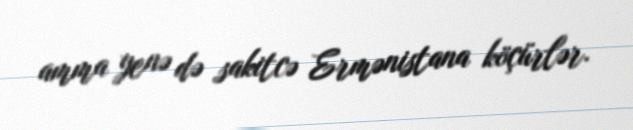
amma yenə də sakitcə Ermənistana köçürlər.